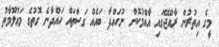
މީގެ އިތުރުން ރާއްޖޭގައި އާއްމުކޮށް ނުހައްދާ ބައެއް ގަސްތައް ހައްދާނެ ގޮތުގެ މަޢުލޫމާތު